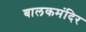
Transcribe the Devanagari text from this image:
बालकमंदिर